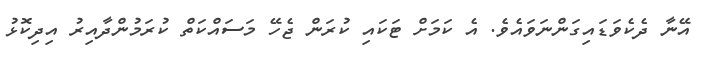
އޭނާ ދެކެވަޑައިގަންނަވައެވެ. އެ ކަމަށް ޓަކައި ކުރަން ޖެހޭ މަސައްކަތް ކުރަމުންދާއިރު އިދިކޮޅު